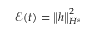
\mathcal { E } ( t ) = \left\| h \right\| _ { H ^ { s } } ^ { 2 }